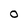
Character: O